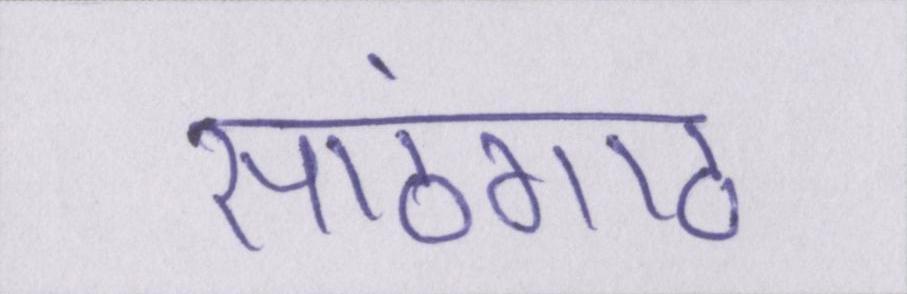
सांठगांठ